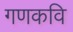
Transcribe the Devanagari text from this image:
गणकवि